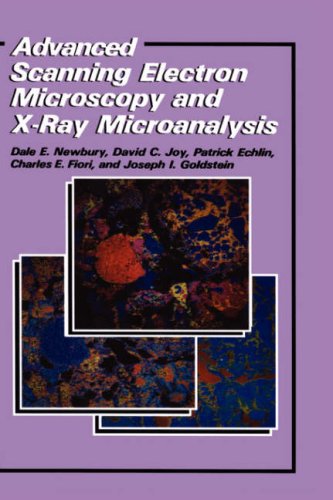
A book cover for Advanced Scanning Electron Microscopy and X-Ray Microanalysis; Patrick Echlin; Science & Math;